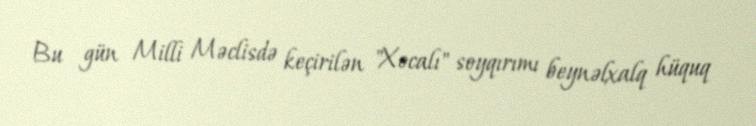
Bu gün Milli Məclisdə keçirilən "Xocalı" soyqırımı beynəlxalq hüquq